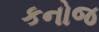
કનોજ